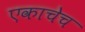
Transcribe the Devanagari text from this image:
एकाचेच